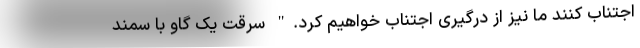
اجتناب کنند ما نیز از درگیری اجتناب خواهیم کرد." سرقت یک گاو با سمند